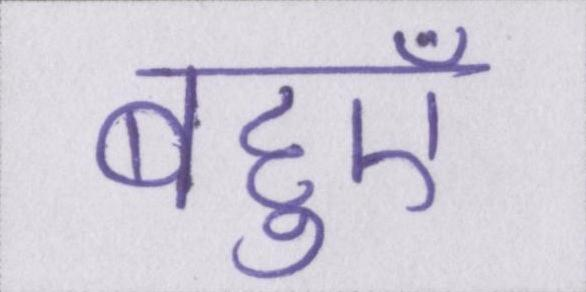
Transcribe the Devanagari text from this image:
बहुएँ